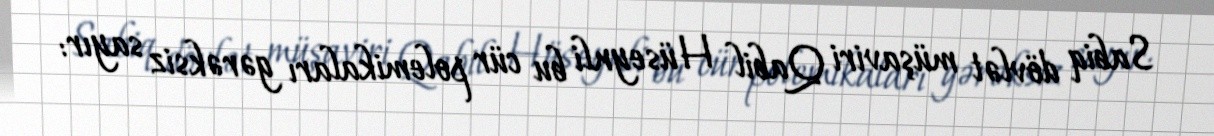
Sabiq dövlət müşaviri Qabil Hüseynli bu cür polemikaları gərəksiz sayır: